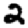
Digit: 2